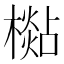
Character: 檆